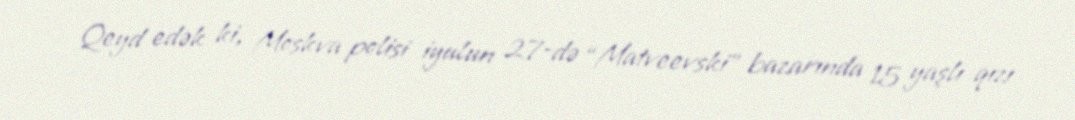
Qeyd edək ki, Moskva polisi iyulun 27-də “Matveevski” bazarında 15 yaşlı qızı